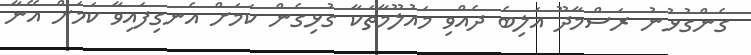
ގެންގުޅުނު ރަސްމާދޫ އަލިބެ ދެއްވި މައުލޫމާތަކާ ގުޅިގެން ކަމަށް އެނގިފައިވާ ކަމަށް އޭނާ